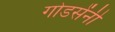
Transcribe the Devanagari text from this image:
गोडसेंनी